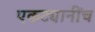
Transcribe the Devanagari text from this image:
एकट्यानींच